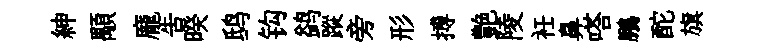
紳顒龐告暌鸱钩鹢蹤旁形搏艶陵衽鼻嗒鵬酡旗